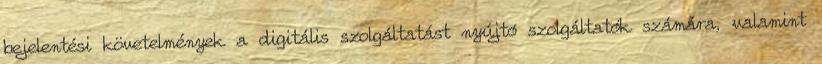
bejelentési követelmények a digitális szolgáltatást nyújtó szolgáltatók számára, valamint